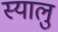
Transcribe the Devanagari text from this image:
स्यालु